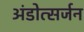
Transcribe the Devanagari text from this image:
अंडोत्सर्जन